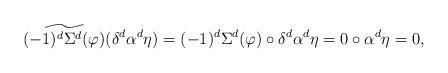
LaTeX: \begin{align*} \widetilde{(-1)^d\Sigma^d(\varphi)}(\delta^d\alpha^d\eta)=(-1)^d\Sigma^d(\varphi)\circ\delta^d \alpha^d\eta=0\circ\alpha^d\eta= 0,\end{align*}